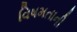
વિષમતાની